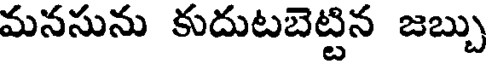
మనసును కుదుటబెట్టిన జబ్బు